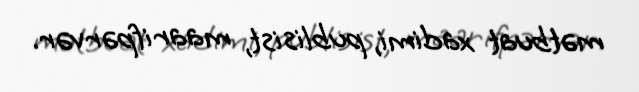
mətbuat xadimi, publisist, maarifpərvər.